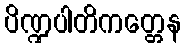
ပိဏ္ဍပါတိကတ္တေန